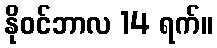
နိုဝင်ဘာလ 14 ရက်။